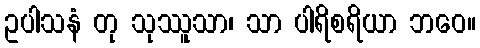
ဥပါသနံ တု သုဿူသာ၊ သာ ပါရိစရိယာ ဘဝေ။